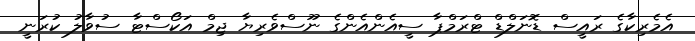
އެމެރިކާގެ ރައީސް ޑޮނަލްޑް ޓްރަމްޕާ ސީއެންއެންގެ ނޫސްވެރިޔާ ޖިމް އަކޯސްޓާ ސުވާލު ކުރަނީ